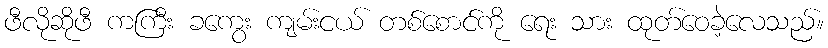
ဖီလိုဆိုဖီ ကကြီး ခကွေး ကျမ်းငယ် တစ်စောင်ကို ရေး သား ထုတ်ဝေခဲ့လေသည်။